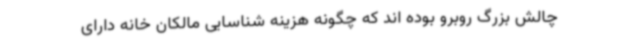
چالش بزرگ روبرو بوده اند که چگونه هزینه شناسایی مالکان خانه دارای